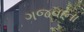
ગજવાના